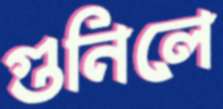
গুনিলে